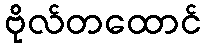
ဗိုလ်တထောင်